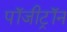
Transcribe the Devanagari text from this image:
पॉजीट्रॉन